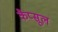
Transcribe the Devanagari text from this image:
कैप्‍सूल